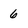
Character: 6